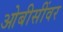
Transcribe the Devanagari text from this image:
ओबीसींवर